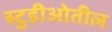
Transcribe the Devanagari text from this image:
स्टुडीओतील